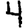
Digit: 4